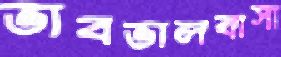
ভাবভালবাসা